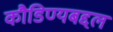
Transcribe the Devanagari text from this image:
कौडिण्यबद्दल